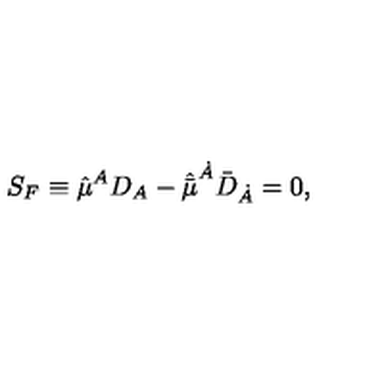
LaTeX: S _ { F } \equiv \hat { \mu } ^ { A } D _ { A } - \hat { \bar { \mu } } ^ { \dot { A } } { \bar { D } } _ { \dot { A } } = 0 ,